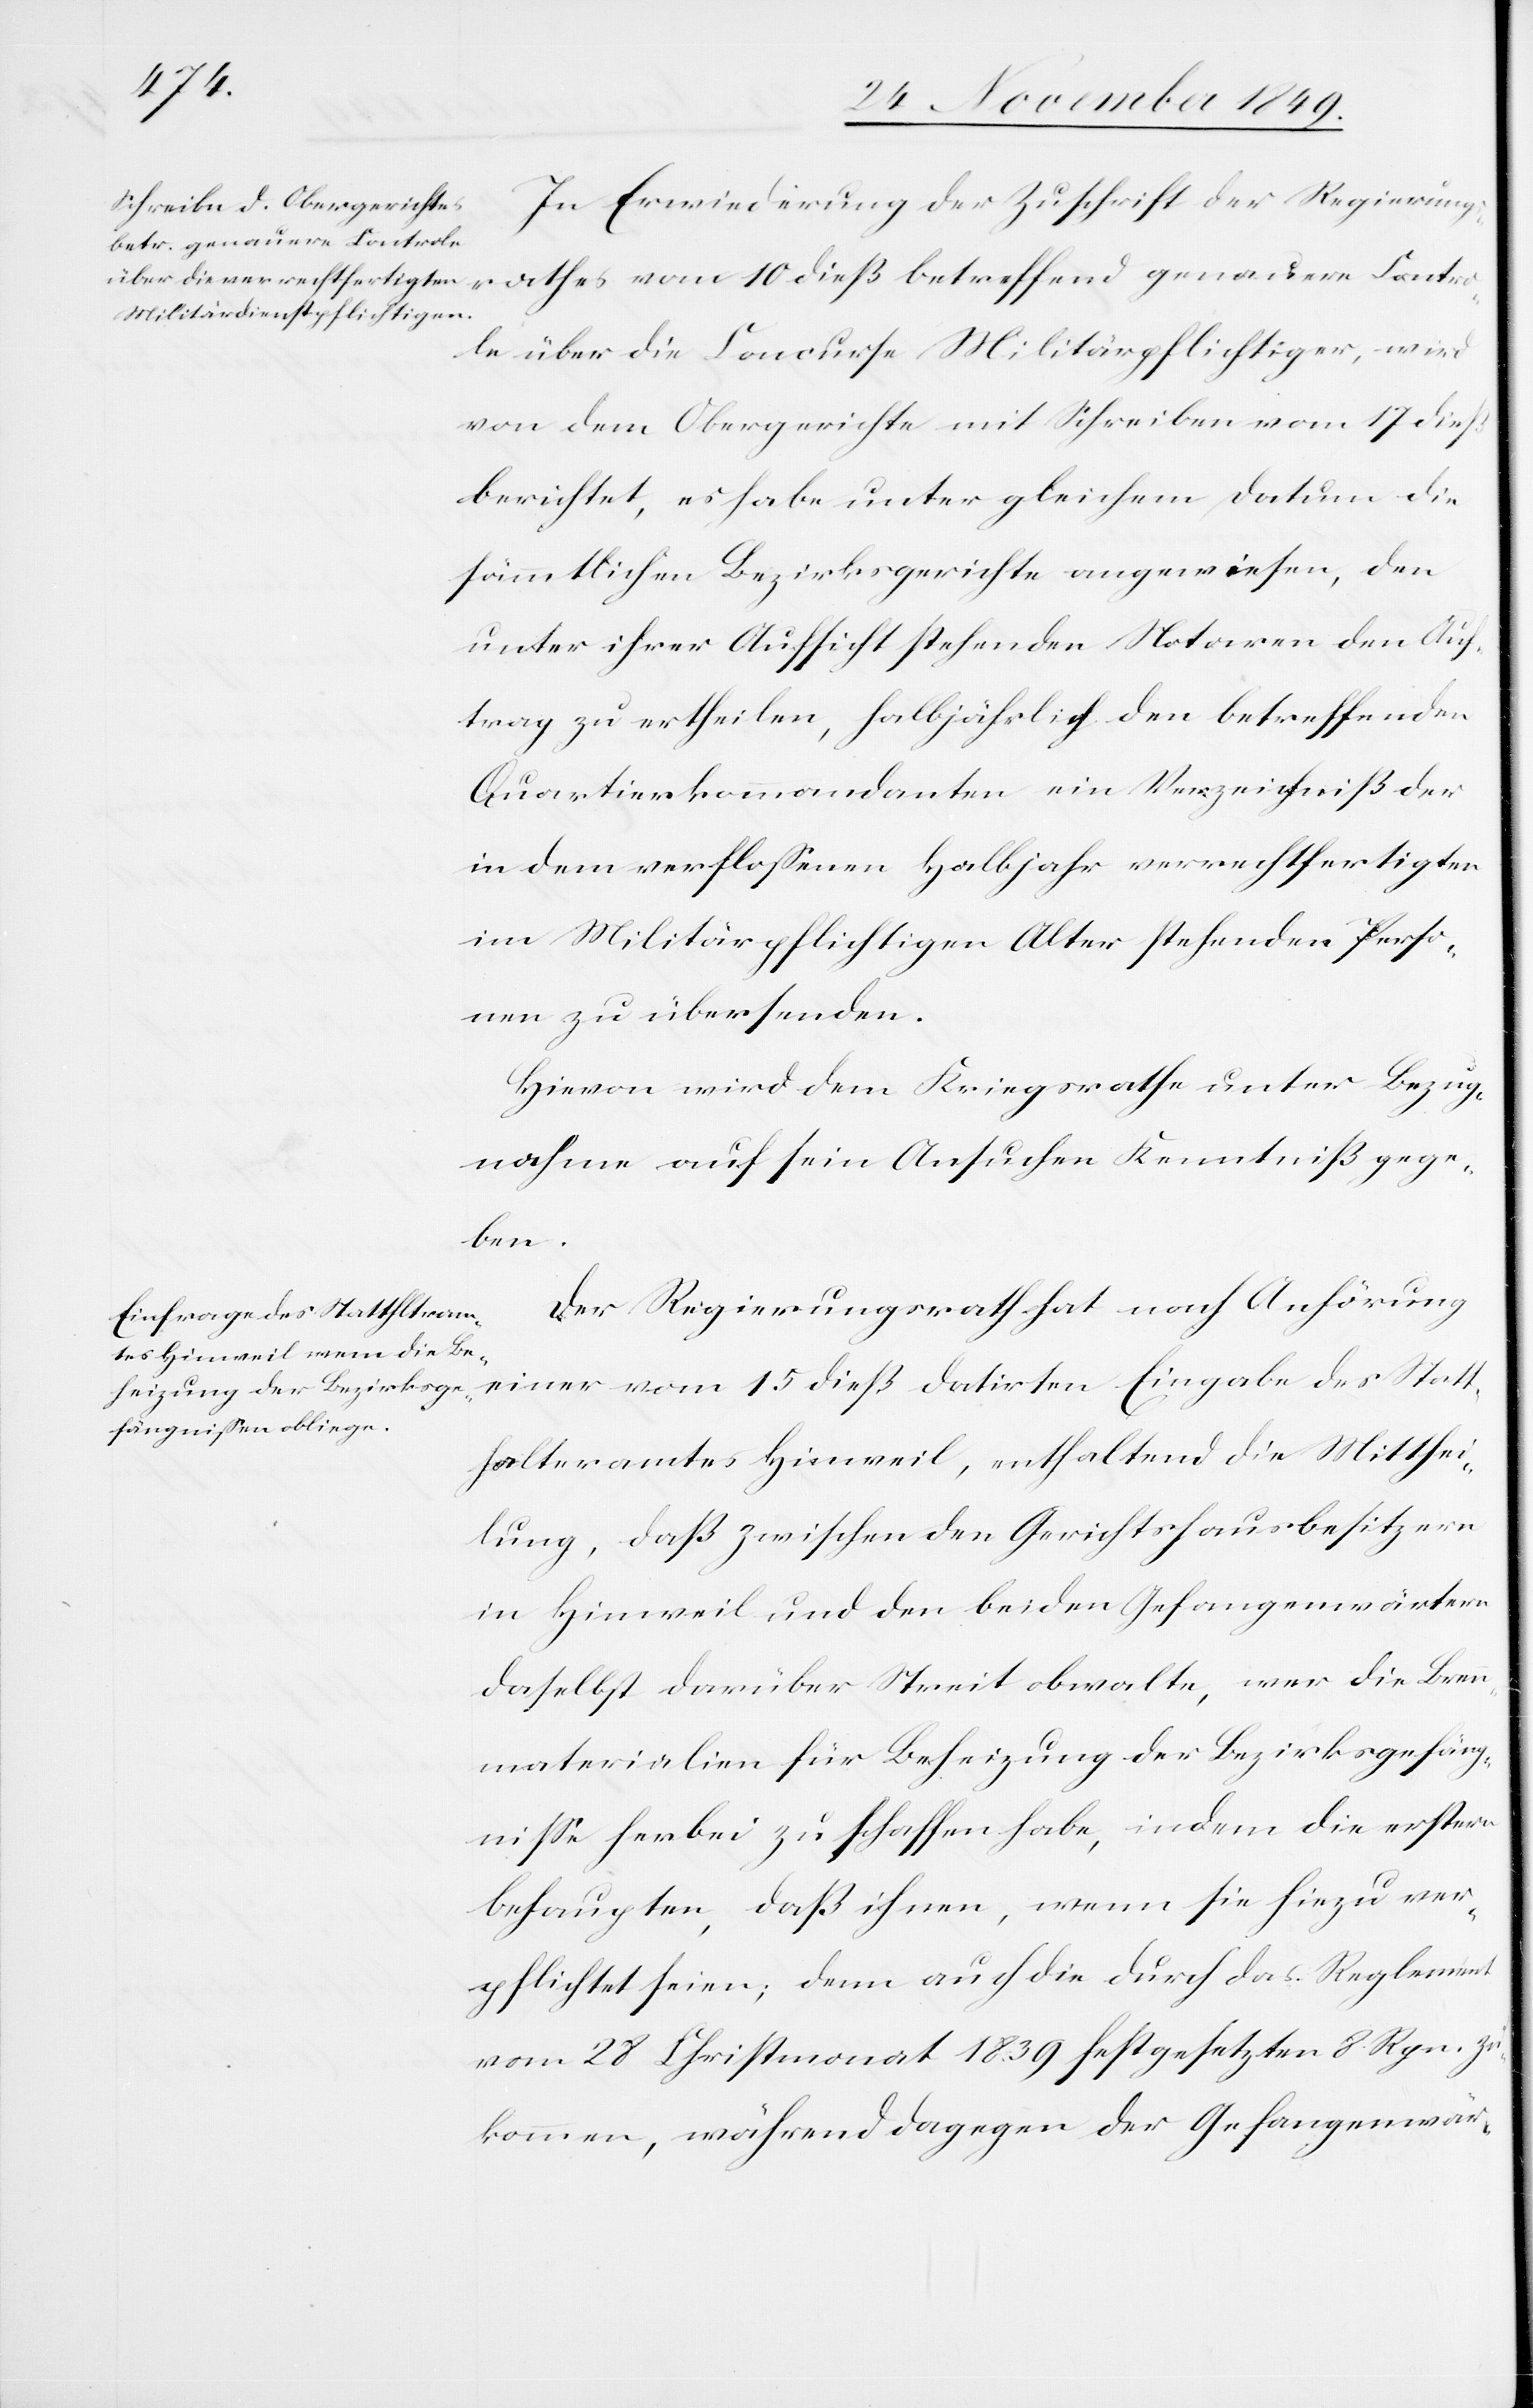
In Erwiederung der Zuschrift der [sic!] Regierungs¬
rathes vom 10 dieß betreffend genauere Contro¬
le über die Concurse Militärpflichtiger, wird
von dem Obergerichte mit Schreiben vom 17 dieß
berichtet, es habe unter gleichem Datum die
sämmtlichen Bezirksgerichte angewiesen, den
unter ihrer Aufsicht stehenden Notaren den Auf¬
trag zu ertheilen, halbjährlich den betreffenden
Quartierkommandanten ein Verzeichniß der
in dem verfloßenen Halbjahr verrechtfertigten
im Militärpflichtigen Alter stehenden Perso¬
nen zu übersenden.
Hievon wird dem Kriegsrathe unter Bezug¬
nahme auf sein Ansuchen Kenntniß gege¬
ben.
Der Regierungsrath hat nach Anhörung
Eingabe des Statth¬
alteramtes Hinweil, enthaltend die Mitthei¬
lung, daß zwischen den Gerichtshausbesitzern
in Hinweil und den beiden Gefangenenwärtern
daselbst darüber Streit obwalte, wer die Bren¬
nmaterialien für Beheizung der Bezirksgefäng¬
niße herbei zu schaffen habe, indem die erstern
behaupten, daß ihnen, wenn sie hiezu ver¬
pflichtet seien; denn auch die durch das Reglement
vom 28 Christmonat 1839 festgesetzten 8 Rpn. zu¬
kommen, während dagegen der [sic!] Gefangenenwär-